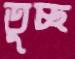
তুচ্ছ